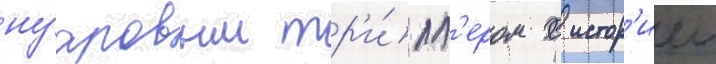
нуаровым тр'и́лл'ером с истор'иеи